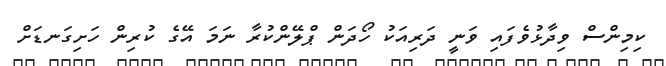
ކިމިންސް ވިދާޅުވެފައި ވަނީ ދަރިއަކު ހޯދަން ޕްލޭންކުރާ ނަމަ އޭގެ ކުރިން ހަށިގަނޑަށް